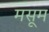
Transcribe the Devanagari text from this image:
मसूम